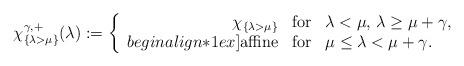
LaTeX: \begin{align*}\chi^{\gamma,+}_{\{\lambda>\mu\}}(\lambda):=\left\{\begin{array}{rcl}\chi_{\{\lambda>\mu\}}&{\rm for}& \lambda<\mu, \, \lambda\ge \mu+\gamma,\\begin{align*}1ex]{\rm {affine}}&{\rm for} &\mu\le\lambda<\mu+\gamma.\end{array}\right.\end{align*}